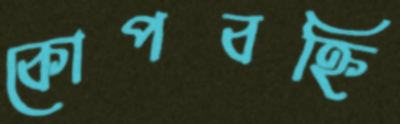
কোপবহ্নি